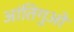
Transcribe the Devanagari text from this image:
आंतिगुओ